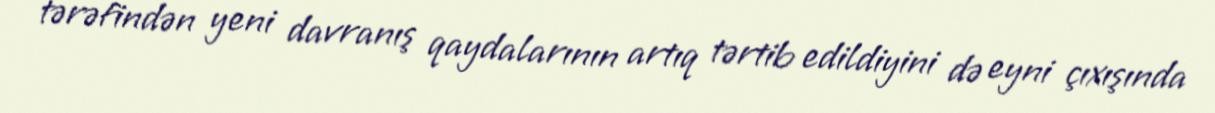
tərəfindən yeni davranış qaydalarının artıq tərtib edildiyini də eyni çıxışında